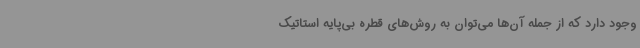
وجود دارد که از جمله‌ آن‌ها می‌توان به روش‌های قطره‌ بی‌پایه‌ استاتیک